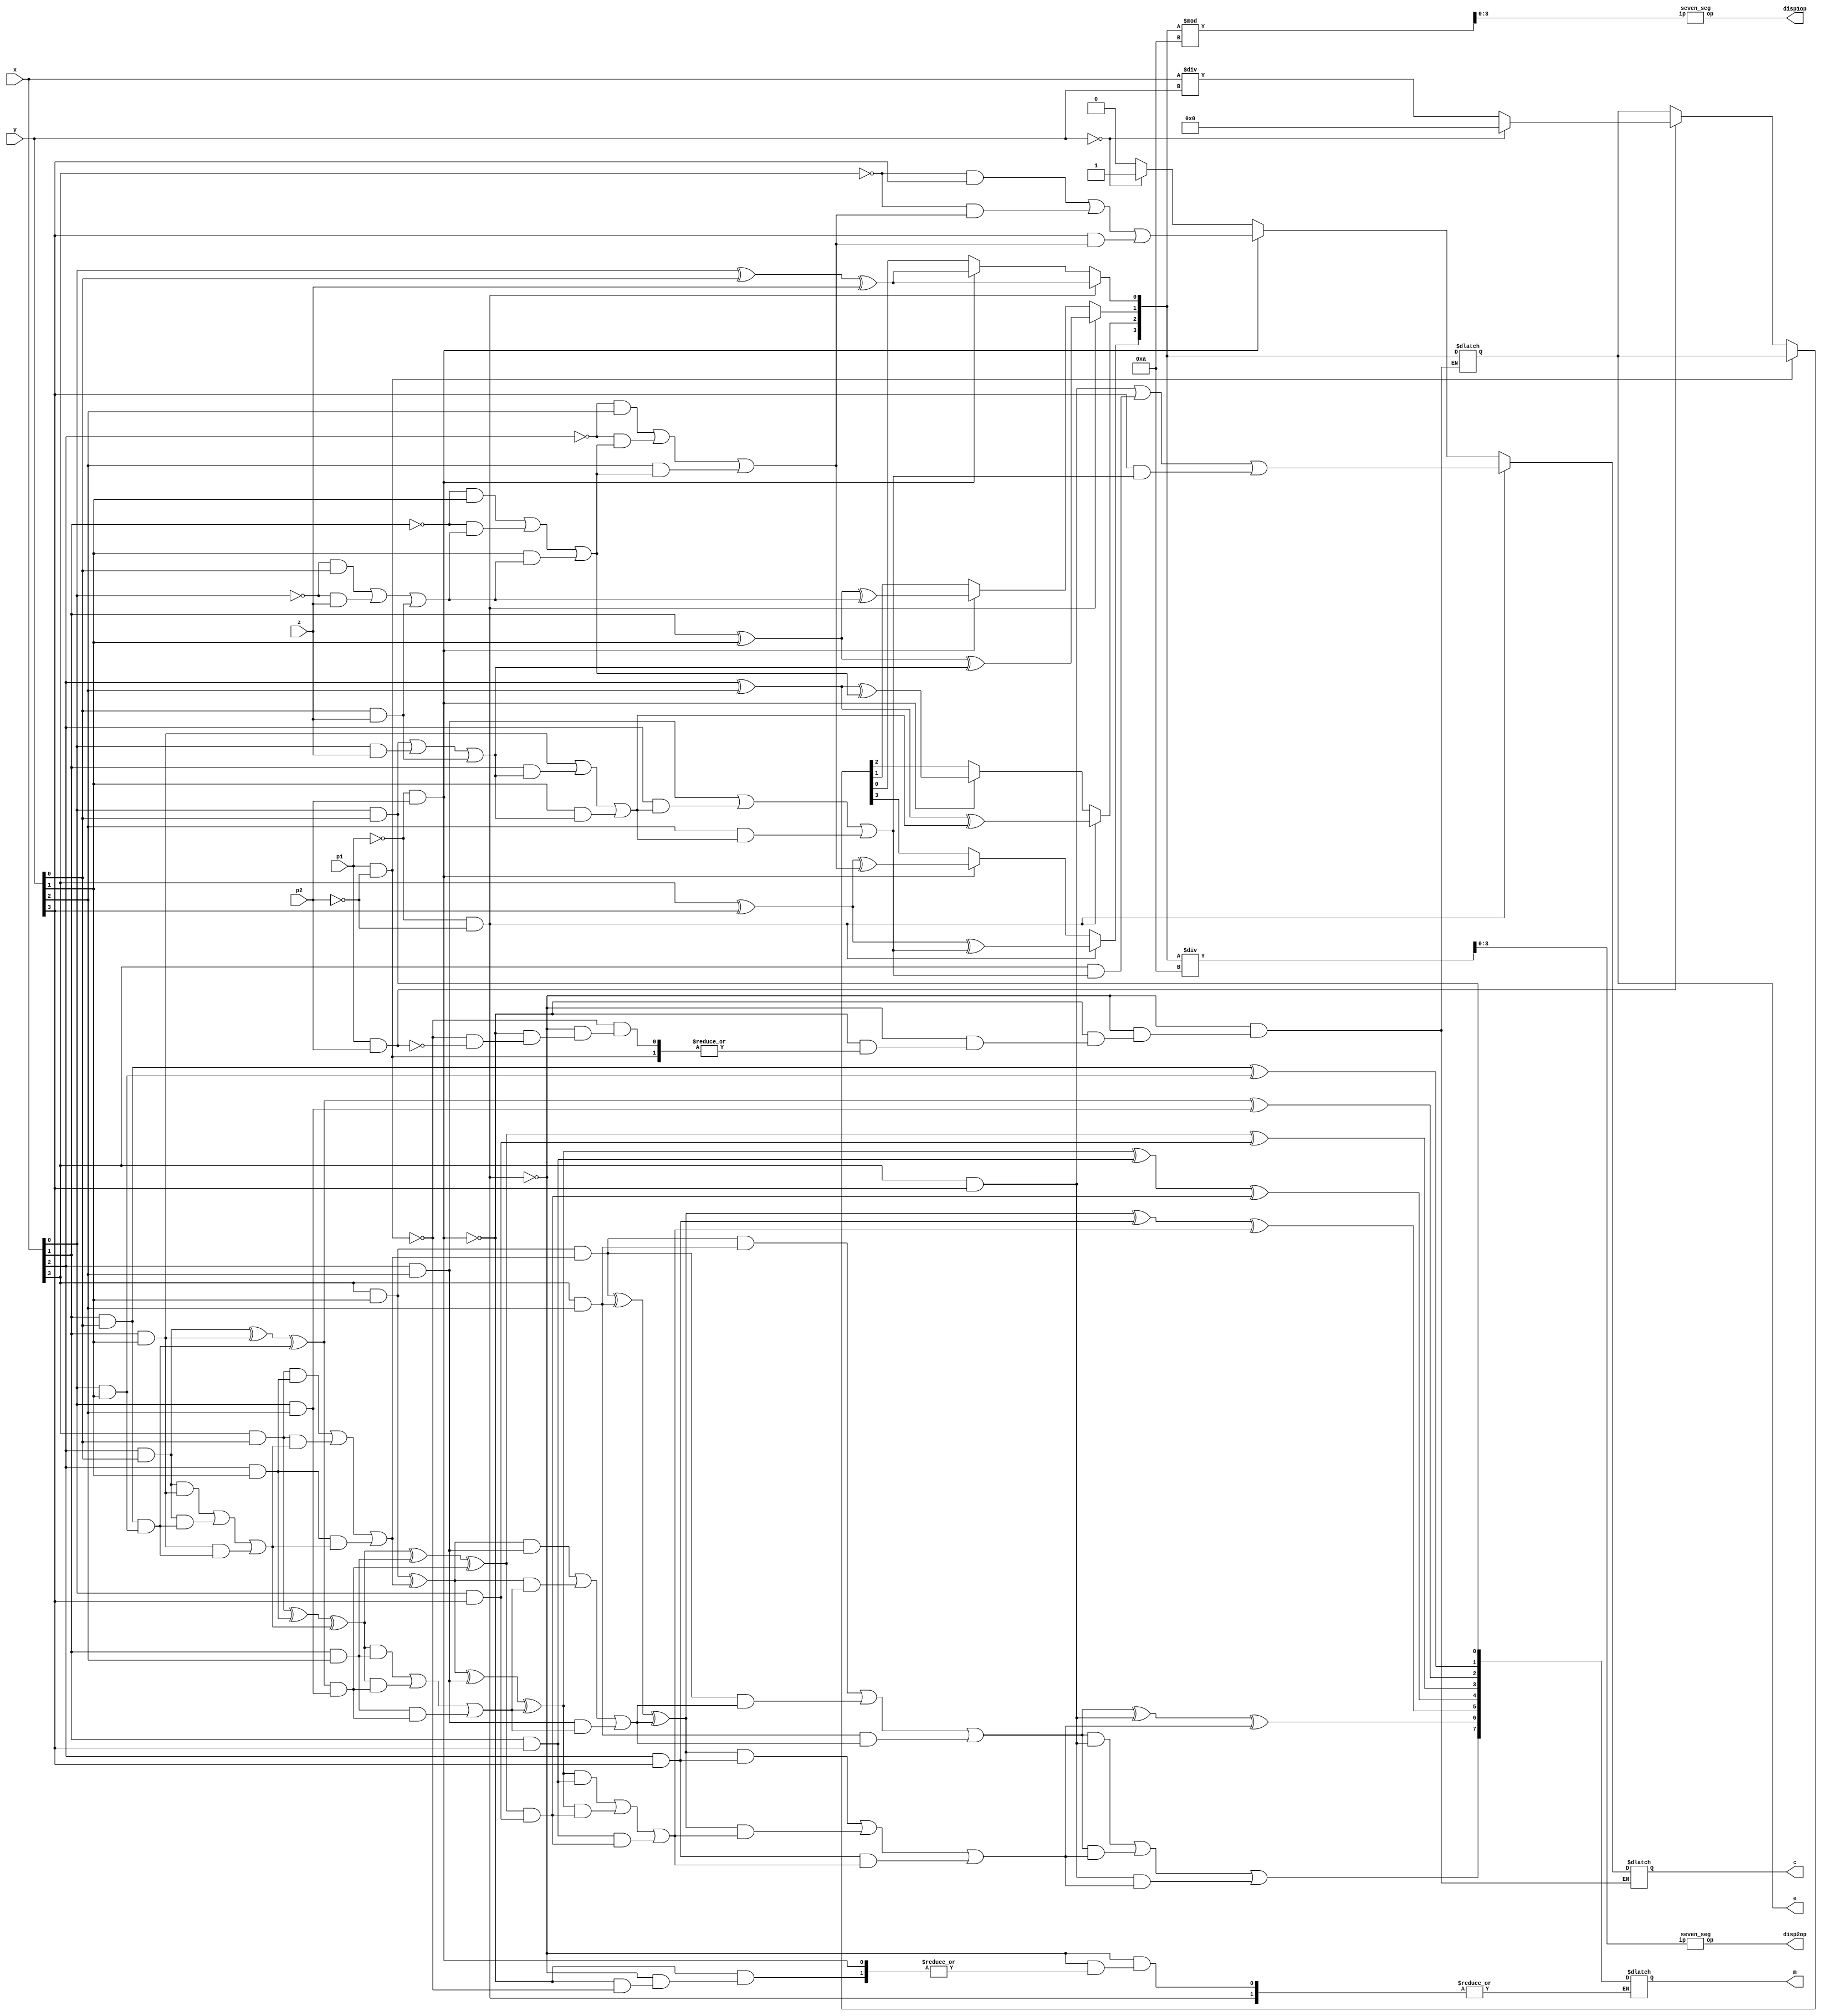
module alu_4b(
    input [3:0] x, y,   //x,y Are Input Variables which are given from toggle switches of FPGA
    input z, p1, p2,    //p1-p2 Control Switches For Operation To Be Performed and z is for carry in
    output reg [7:0] m, //Variable For Storing Multiplication Output
    output reg [3:0] e, //Variable For Storing Addition, Subtraction and Divsion Output
    output reg c,		//Variable To Store Output Carry
    output wire [6:0] disp1op, disp2op // Variables For 7-Segment LED Display
);

    // Wires for connecting to seven-segment display modules
    wire [6:0] seg_op1, seg_op2;
    // Registers for storing intermediate values
    reg [3:0] e10s, e1s; //For Transfering The Values Of 10's Place And 1's Place To 7-Segment LEDs
    reg [4:0] dummy; //Dummy Variable for Performing Carry 
    
    //The Variables To Follow Are Associated With 4-Bit Multipllication Logic Only...
    
    reg [7:0] s1 = 0, s2 = 0, s3 = 0; //These Varaibles Are Used For The Bit-Wise 4-Bit Multiplication Logic And Acts As Sum Registers
    reg [7:0] b1 = 0, b2 = 0, b3 = 0, b4 = 0;//These Varaiables Are Used To Store Value of Sum Of Different "s" Registers 
    reg [8:0] c1 = 0, c2 = 0, c3 = 0;//These Variables Are Used To Store The Carry Output Of Bit-Wise Summation For Multiplication
    integer i;

    always @* begin
        // ALU operation based on control signals p1 and p2
        if(p1==0 && p2==0) begin //For Producing Sum Of Two 4-Bit Unsigned Numbers
            dummy[0] = z;
            for(i=0; i<4; i=i+1) begin
                e[i] = (x[i])^(y[i])^(dummy[i]);
                dummy[i+1] = (x[i]&y[i]) | (x[i]&dummy[i]) | (y[i]&dummy[i]);
            end
            c = dummy[4];
        end
        else if(p1==0 && p2==1) begin //For Producing Difference Of Two 4-Bit Unsigned Numbers
            dummy[0] = z;
            for(i=0; i<4; i=i+1) begin
                e[i] = (x[i])^(y[i])^(dummy[i]);
                dummy[i+1] = (~x[i]&y[i]) | (~x[i]&dummy[i]) | (y[i]&dummy[i]);
            end
            c = dummy[4];
        end
        else if(p1==1 && p2==0) begin //For Producing Product Of Two 4-Bit Unsigned Numbers
            for(i=0; i<4; i=i+1) begin
                b1[i] = x[i]&y[0];
                b2[i+1] = x[i]&y[1];
                b3[i+2] = x[i]&y[2];
                b4[i+3] = x[i]&y[3];
            end
            for(i=0; i<8; i=i+1) begin
                s1[i] = b1[i]^b2[i]^c1[i];
                c1[i+1] = (b1[i]&b2[i]) | (b1[i]&c1[i]) | (b2[i]&c1[i]);
            end
            c2[0] = c1[8];
            for(i=0; i<8; i=i+1) begin
                s2[i] = s1[i]^b3[i]^c2[i];
                c2[i+1] = (s1[i]&b3[i]) | (s1[i]&c2[i]) | (b3[i]&c2[i]);
            end
            c3[0] = c2[8];
            for(i=0; i<8; i=i+1) begin
                s3[i] = s2[i]^b4[i]^c3[i];
                c3[i+1] = (s2[i]&b4[i]) | (s2[i]&c3[i]) | (b4[i]&c3[i]);
                m[i] = s3[i];
            end
        end
        else if(p1==1 && p2==1) begin //For Producing Division Of Two 4-Bit Unsigned Numbers
            if (y == 4'b0) begin
                e = 4'b0;
                dummy = 5'b0;
                c = 1'b1;
            end
            else begin
                dummy[4] = 0;
                e = x / y;
                dummy = x % y;
                c = 1'b0;
            end
        end
        // Extract tens and ones digits for display
        e10s = e / 10;
        e1s = e % 10;
    end

    // Instantiate seven-segment display modules
    seven_seg seg1(e10s, seg_op2);
    seven_seg seg0(e1s, seg_op1);

    // Assign seven-segment outputs to display output wires
    assign disp1op = seg_op1;
    assign disp2op = seg_op2;

endmodule

module seven_seg(
    input [3:0] ip,
    output reg [6:0] op
);

    always @* begin
        // Display the appropriate segment pattern based on input where the 7-segment code has been modeled for common anode type Segments
        case(ip)
            4'b0000: op = 7'b1000000; // 0
            4'b0001: op = 7'b1111001; // 1
            4'b0010: op = 7'b0100100; // 2
            4'b0011: op = 7'b0110000; // 3
            4'b0100: op = 7'b0011001; // 4
            4'b0101: op = 7'b0010010; // 5
            4'b0110: op = 7'b0000010; // 6
            4'b0111: op = 7'b1111000; // 7
            4'b1000: op = 7'b0000000; // 8
            4'b1001: op = 7'b0010000; // 9
            default: op = 7'b0111111; // Error (display dash)
        endcase
    end

endmodule